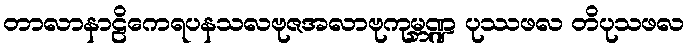
တာလာနာဠိကေရပနသလဗုဇအလာဗုကုမ္ဘဏ္ဍ ပုဿဖလ တိပုသဖလ